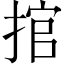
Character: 捾